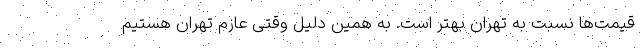
قیمت‌ها نسبت به تهران بهتر است. به همین دلیل وقتی عازم تهران هستیم